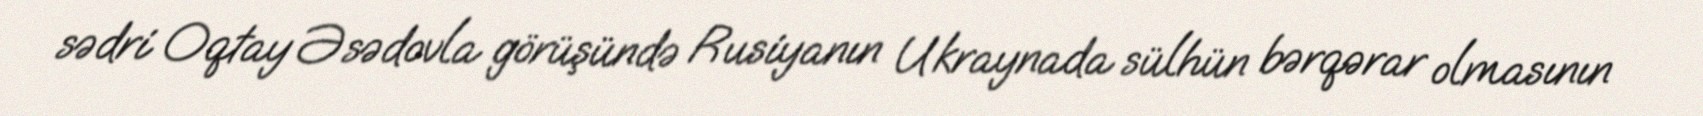
sədri Oqtay Əsədovla görüşündə Rusiyanın Ukraynada sülhün bərqərar olmasının